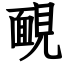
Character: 靦